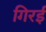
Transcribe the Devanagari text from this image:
गिरई